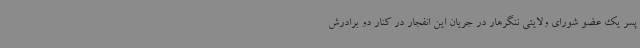
پسر یک عضو شورای ولایتی ننگرهار در جریان این انفجار در کنار دو برادرش